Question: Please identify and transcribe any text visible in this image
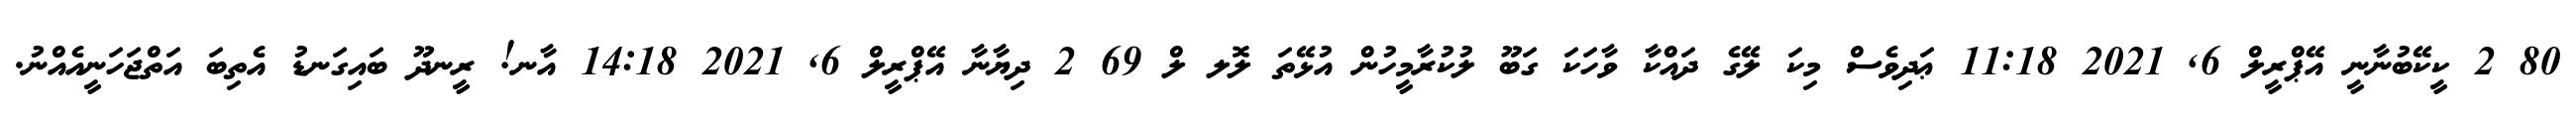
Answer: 80 2 ކީކޭބުނާނީ އޭޕްރީލް 6, 2021 11:18 ޢަދިވެސް މިކަ ލޭގެ ދައްކާ ވާހަކަ ގަބޫ ލުކުރާމީހުން އުޅޭތަ ލޮލ ލް 69 2 ދިޔާނާ އޭޕްރީލް 6, 2021 14:18 އާނ! ރީނދޫ ބައިގަނޑު އެތިބަ އަތްޖަހަނީއެއްނު.